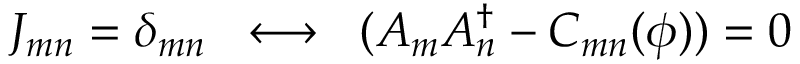
{ \cal J } _ { m n } = \delta _ { m n } \; \; \longleftrightarrow \; \; ( A _ { m } A _ { n } ^ { \dagger } - C _ { m n } ( \phi ) ) = 0